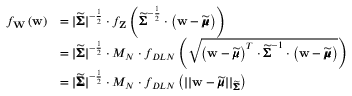
\begin{array} { r l } { f _ { \mathbf { W } } \left( \mathbf { w } \right) } & { = \lvert \widetilde { \pmb { \Sigma } } \rvert ^ { - \frac { 1 } { 2 } } \cdot f _ { \mathbf { Z } } \left( \widetilde { \pmb { \Sigma } } ^ { - \frac { 1 } { 2 } } \cdot \left( \mathbf { w } - \widetilde { \pmb { \mu } } \right) \right) } \\ & { = \lvert \widetilde { \pmb { \Sigma } } \rvert ^ { - \frac { 1 } { 2 } } \cdot M _ { N } \cdot f _ { D L N } \left( \sqrt { \left( \mathbf { w } - \widetilde { \pmb { \mu } } \right) ^ { T } \cdot \widetilde { \pmb { \Sigma } } ^ { - 1 } \cdot \left( \mathbf { w } - \widetilde { \pmb { \mu } } \right) } \right) } \\ & { = \lvert \widetilde { \pmb { \Sigma } } \rvert ^ { - \frac { 1 } { 2 } } \cdot M _ { N } \cdot f _ { D L N } \left( \lvert \lvert \mathbf { w } - \widetilde { \pmb { \mu } } \rvert \rvert _ { \widetilde { \pmb { \Sigma } } } \right) } \end{array}